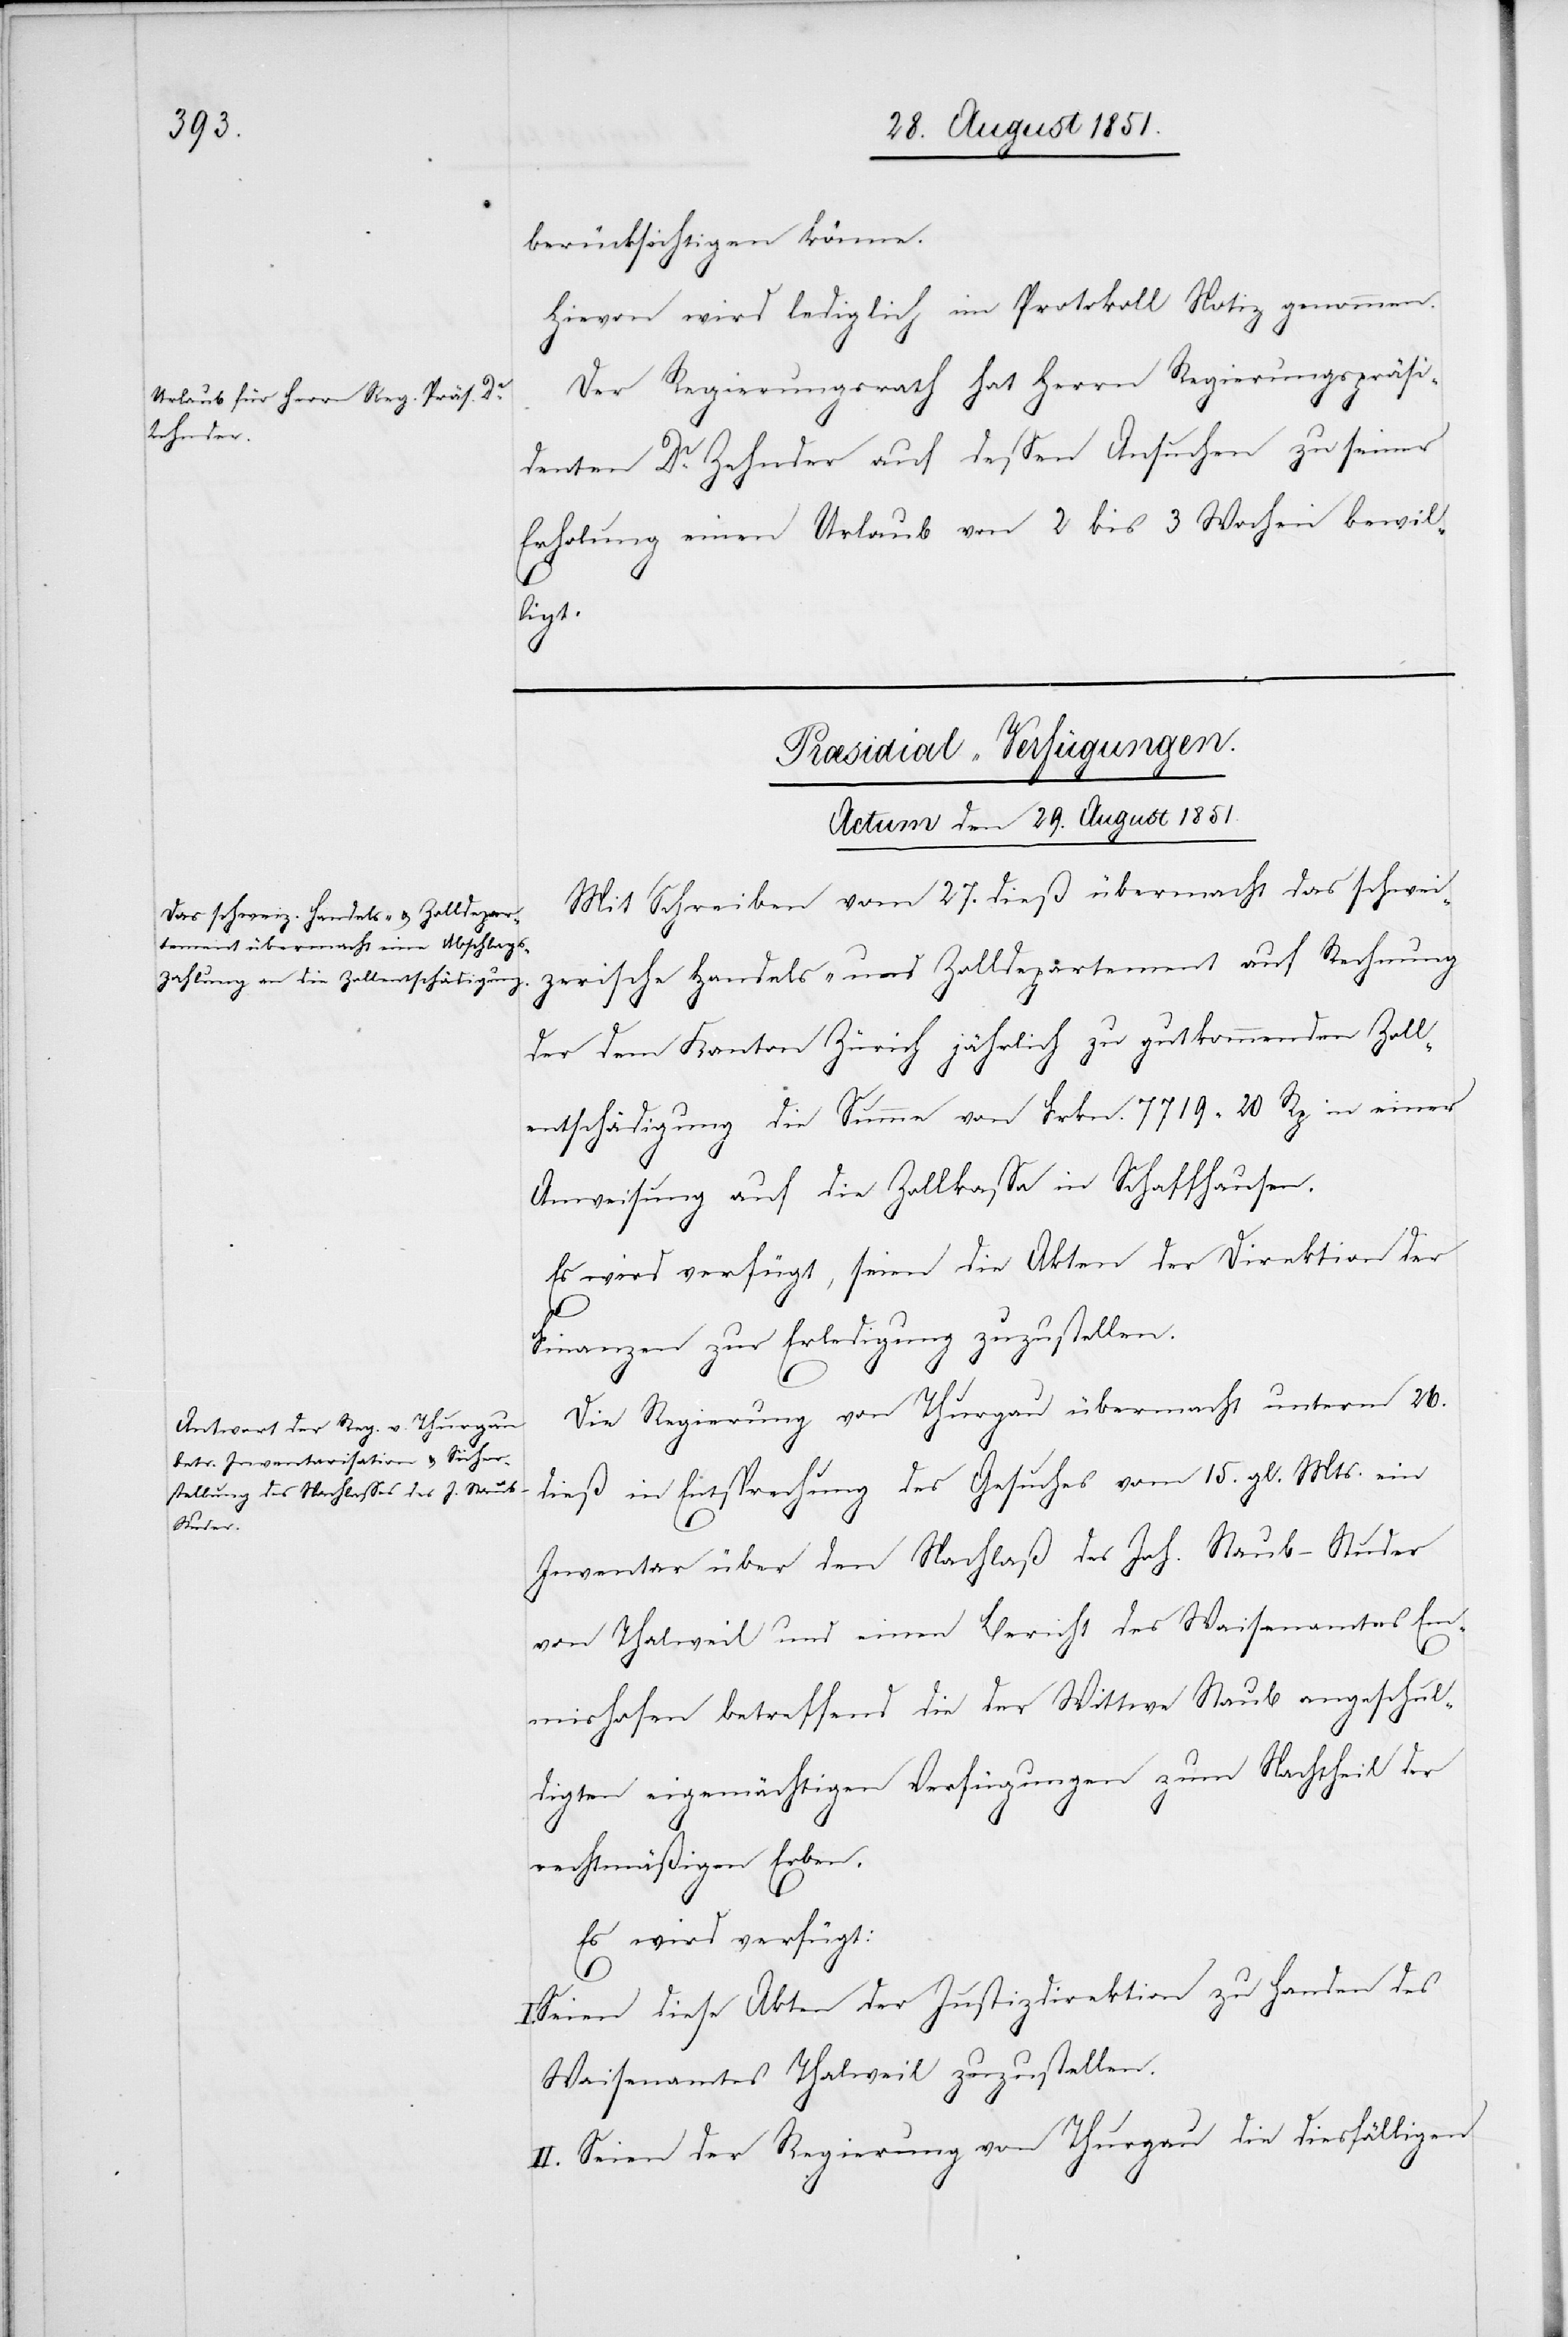
berücksichtigen könne.
Hievon wird lediglich im Protokoll Notiz genommen.
Der Regierungsrath hat Herrn Regierungspräsi¬
denten Dr. Zehnder auf dessen Ansuchen zu seiner
Erholung einen Urlaub von 2 bis 3 Wochen bewil¬
ligt.
[Præsidial-Verfügungen.
Actum den 29. August 1851.]
Mit Schreiben vom 27. dieß übermacht das schwei¬
zerische Handels- und Zolldepartement auf Rechnung
der dem Kanton Zürich jährlich zu gutkommenden Zoll¬
entschädigung die Summe von Frkn. 7719 20 Rp in einer
Anweisung auf die Zollkassa in Schaffhausen.
Es wird verfügt, seien die Akten der Direktion der
Finanzen zur Erledigung zuzustellen.
Die Regierung von Thurgau übermacht unterm 26.
dieß in Entsprechung des Gesuches vom 15. gl. Mts. ein
Inventar über den Nachlaß des Joh. Staub-Studer
von Thalweil und einen Bericht des Waisenamtes Em¬
mishofen betreffend die der Wittwe Staub angeschul¬
digten eige[n]mächtigen Verfügungen zum Nachtheil der
rechtmäßigen Erben.
Es wird verfügt:
I.
Seien diese Akten der Justizdirektion zu Handen des
Waisenamtes Thalweil zuzustellen.
II. Seien der Regierung von Thurgau die diesfälligen